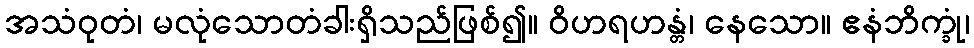
အသံဝုတံ၊ မလုံသောတံခါးရှိသည်ဖြစ်၍။ ဝိဟရဟန္တံ၊ နေသော။ ဧနံဘိက္ခုံ၊